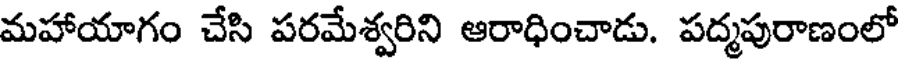
మహాయాగం చేసి పరమేశ్వరిని ఆరాధించాడు. పద్మపురాణంలో